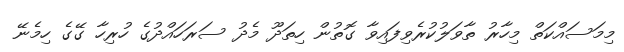
މިމަސައްކަތް މިހާރު ތާވަލުކުރެވިފައިވާ ގޮތުން ހިތަދޫ މެދު ސަރަހައްދުގެ ހުރިހާ ގޭގެ ހިމެނޭ